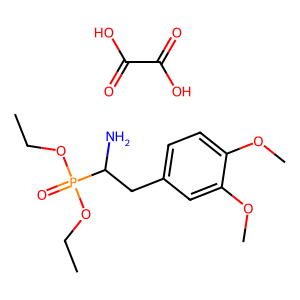
SMILES: CCOP(=O)(OCC)C(N)Cc1ccc(OC)c(OC)c1.O=C(O)C(=O)O
Inhibits HIV replication: No